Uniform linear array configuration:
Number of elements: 4
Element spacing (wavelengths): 1
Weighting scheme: exponential
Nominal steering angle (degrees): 45
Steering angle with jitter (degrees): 43.081
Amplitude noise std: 0.05
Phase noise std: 0.05

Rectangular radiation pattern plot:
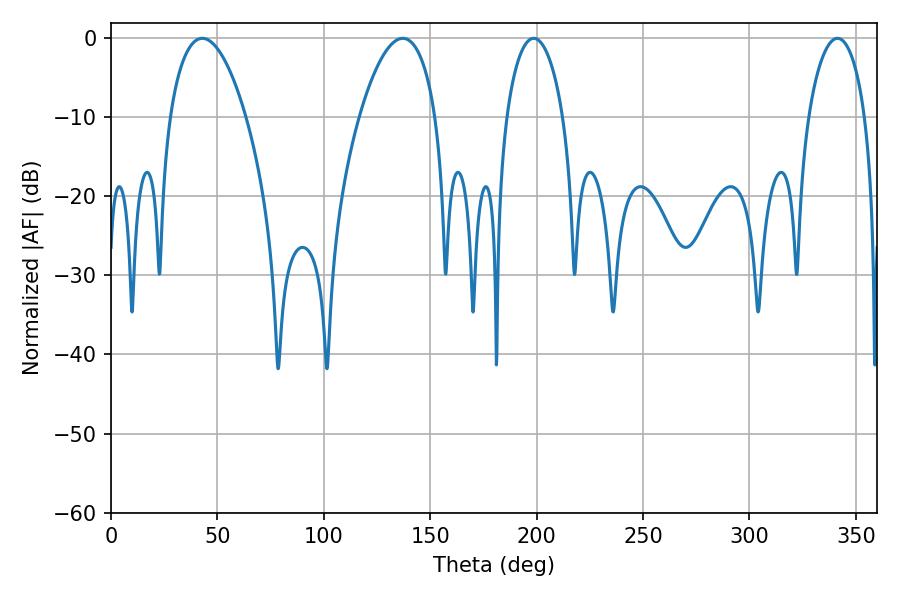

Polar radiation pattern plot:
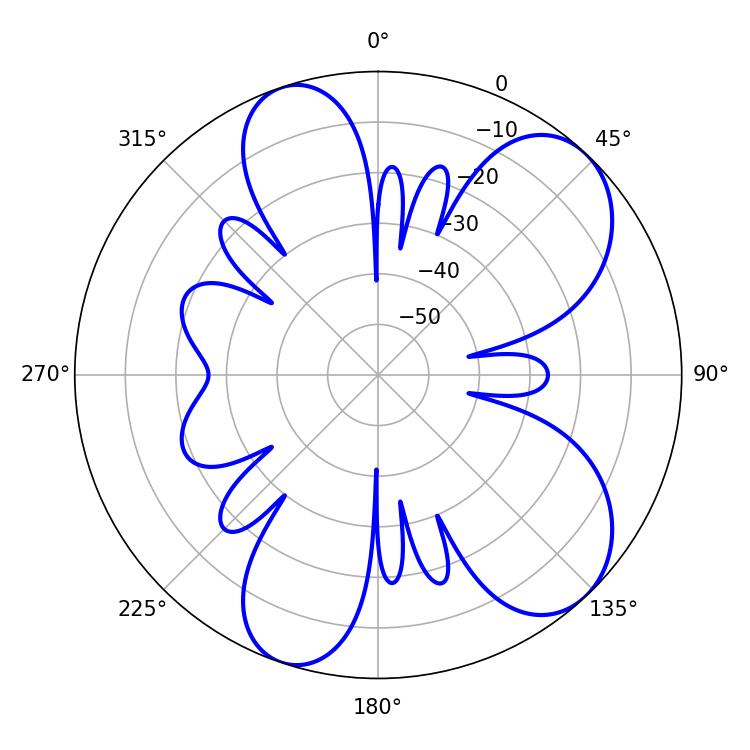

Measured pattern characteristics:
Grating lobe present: TRUE
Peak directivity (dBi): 7.908
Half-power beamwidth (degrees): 20.16
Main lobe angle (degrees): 42.84